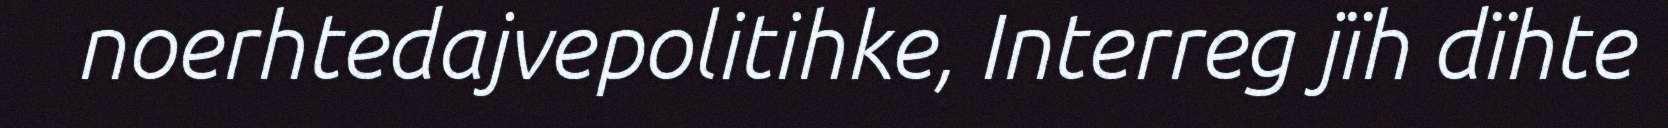
noerhtedajvepolitihke, Interreg jïh dïhte